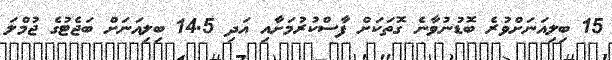
15 ބިލިއަނަށްވުރެ ބޮޑުނުވާނެ ގޮތަކަށް ފާސްކުރުމަށާއި އަދި 14.5 ބިލިއަނަށް ބަޖެޓުގެ ޖުމްލަ